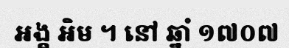
អង្គ អិម ។ នៅ ឆ្នាំ ១៧០៧